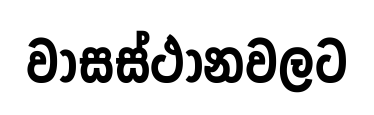
වාසස්ථානවලට